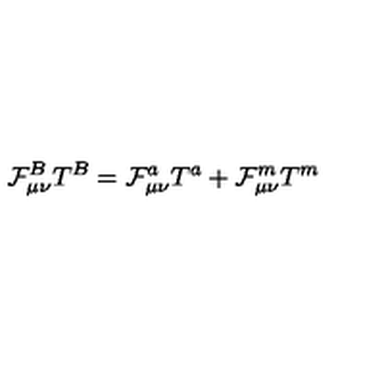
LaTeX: \mathcal { F } _ { \mu \nu } ^ { B } T ^ { B } = \mathcal { F } _ { \mu \nu } ^ { a } T ^ { a } + \mathcal { F } _ { \mu \nu } ^ { m } T ^ { m }